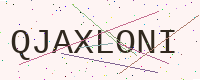
Text: QJAXLONI